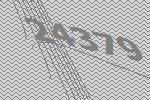
24379